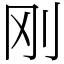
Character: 刚